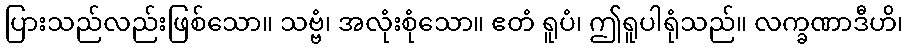
ပြားသည်လည်းဖြစ်သော။ သဗ္ဗံ၊ အလုံးစုံသော။ ဧတံ ရူပံ၊ ဤရူပါရုံသည်။ လက္ခဏာဒီဟိ၊